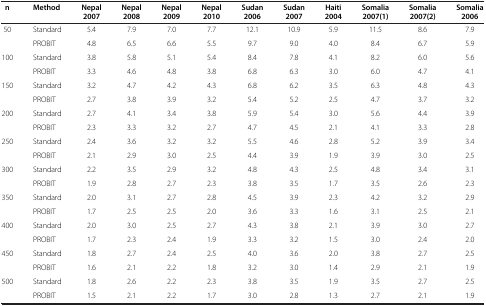
<table><thead><tr><td><b>n</b></td><td><b>Method</b></td><td><b>Nepal 2007</b></td><td><b>Nepal 2008</b></td><td><b>Nepal 2009</b></td><td><b>Nepal 2010</b></td><td><b>Sudan 2006</b></td><td><b>Sudan 2007</b></td><td><b>Haiti 2004</b></td><td><b>Somalia 2007(1)</b></td><td><b>Somalia 2007(2)</b></td><td><b>Somalia 2006</b></td></tr></thead><tbody><tr><td rowspan="2">50</td><td>Standard</td><td>5.4</td><td>7.9</td><td>7.0</td><td>7.7</td><td>12.1</td><td>10.9</td><td>5.9</td><td>11.5</td><td>8.6</td><td>7.9</td></tr><tr><td>PROBIT</td><td>4.8</td><td>6.5</td><td>6.6</td><td>5.5</td><td>9.7</td><td>9.0</td><td>4.0</td><td>8.4</td><td>6.7</td><td>5.9</td></tr><tr><td rowspan="2">100</td><td>Standard</td><td>3.8</td><td>5.8</td><td>5.1</td><td>5.4</td><td>8.4</td><td>7.8</td><td>4.1</td><td>8.2</td><td>6.0</td><td>5.6</td></tr><tr><td>PROBIT</td><td>3.3</td><td>4.6</td><td>4.8</td><td>3.8</td><td>6.8</td><td>6.3</td><td>3.0</td><td>6.0</td><td>4.7</td><td>4.1</td></tr><tr><td rowspan="2">150</td><td>Standard</td><td>3.2</td><td>4.7</td><td>4.2</td><td>4.3</td><td>6.8</td><td>6.2</td><td>3.5</td><td>6.3</td><td>4.8</td><td>4.3</td></tr><tr><td>PROBIT</td><td>2.7</td><td>3.8</td><td>3.9</td><td>3.2</td><td>5.4</td><td>5.2</td><td>2.5</td><td>4.7</td><td>3.7</td><td>3.2</td></tr><tr><td rowspan="2">200</td><td>Standard</td><td>2.7</td><td>4.1</td><td>3.4</td><td>3.8</td><td>5.9</td><td>5.4</td><td>3.0</td><td>5.6</td><td>4.4</td><td>3.9</td></tr><tr><td>PROBIT</td><td>2.3</td><td>3.3</td><td>3.2</td><td>2.7</td><td>4.7</td><td>4.5</td><td>2.1</td><td>4.1</td><td>3.3</td><td>2.8</td></tr><tr><td rowspan="2">250</td><td>Standard</td><td>2.4</td><td>3.6</td><td>3.2</td><td>3.2</td><td>5.5</td><td>4.6</td><td>2.8</td><td>5.2</td><td>3.9</td><td>3.4</td></tr><tr><td>PROBIT</td><td>2.1</td><td>2.9</td><td>3.0</td><td>2.5</td><td>4.4</td><td>3.9</td><td>1.9</td><td>3.9</td><td>3.0</td><td>2.5</td></tr><tr><td rowspan="2">300</td><td>Standard</td><td>2.2</td><td>3.5</td><td>2.9</td><td>3.2</td><td>4.8</td><td>4.3</td><td>2.5</td><td>4.8</td><td>3.4</td><td>3.1</td></tr><tr><td>PROBIT</td><td>1.9</td><td>2.8</td><td>2.7</td><td>2.3</td><td>3.8</td><td>3.5</td><td>1.7</td><td>3.5</td><td>2.6</td><td>2.3</td></tr><tr><td rowspan="2">350</td><td>Standard</td><td>2.0</td><td>3.1</td><td>2.7</td><td>2.8</td><td>4.5</td><td>3.9</td><td>2.3</td><td>4.2</td><td>3.2</td><td>2.9</td></tr><tr><td>PROBIT</td><td>1.7</td><td>2.5</td><td>2.5</td><td>2.0</td><td>3.6</td><td>3.3</td><td>1.6</td><td>3.1</td><td>2.5</td><td>2.1</td></tr><tr><td rowspan="2">400</td><td>Standard</td><td>2.0</td><td>3.0</td><td>2.5</td><td>2.7</td><td>4.3</td><td>3.8</td><td>2.1</td><td>3.9</td><td>3.0</td><td>2.7</td></tr><tr><td>PROBIT</td><td>1.7</td><td>2.3</td><td>2.4</td><td>1.9</td><td>3.3</td><td>3.2</td><td>1.5</td><td>3.0</td><td>2.4</td><td>2.0</td></tr><tr><td rowspan="2">450</td><td>Standard</td><td>1.8</td><td>2.7</td><td>2.4</td><td>2.5</td><td>4.0</td><td>3.6</td><td>2.0</td><td>3.8</td><td>2.7</td><td>2.5</td></tr><tr><td>PROBIT</td><td>1.6</td><td>2.1</td><td>2.2</td><td>1.8</td><td>3.2</td><td>3.0</td><td>1.4</td><td>2.9</td><td>2.1</td><td>1.9</td></tr><tr><td rowspan="2">500</td><td>Standard</td><td>1.8</td><td>2.6</td><td>2.2</td><td>2.3</td><td>3.8</td><td>3.5</td><td>1.9</td><td>3.5</td><td>2.7</td><td>2.5</td></tr><tr><td>PROBIT</td><td>1.5</td><td>2.1</td><td>2.2</td><td>1.7</td><td>3.0</td><td>2.8</td><td>1.3</td><td>2.7</td><td>2.1</td><td>1.9</td></tr></tbody></table>